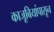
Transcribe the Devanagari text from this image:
काजूबियांपासून